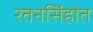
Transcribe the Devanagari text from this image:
रतनसिंहोत